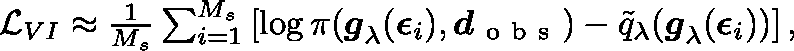
\begin{array} { r } { \mathcal { L } _ { V I } \approx \frac { 1 } { M _ { s } } \sum _ { i = 1 } ^ { M _ { s } } \left[ \log \pi ( \boldsymbol { g } _ { \mathbf { \lambda } } ( \boldsymbol { \epsilon } _ { i } ) , \boldsymbol { d } _ { \mathrm { ~ o ~ b ~ s ~ } } ) - \tilde { q } _ { \mathbf { \lambda } } ( \boldsymbol { g } _ { \mathbf { \lambda } } ( \boldsymbol { \epsilon } _ { i } ) ) \right] , } \end{array}